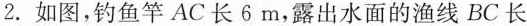
2.如图，钓鱼竿AC长6m，露出水面的渔线BC长